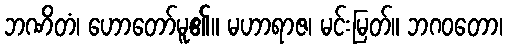
ဘဏိတံ၊ ဟောတော်မူ၏။ မဟာရာဇ၊ မင်းမြတ်။ ဘဂဝတော၊